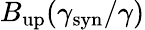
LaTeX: B_{\mathrm{up}}(\gamma_{\mathrm{syn}}/\gamma)